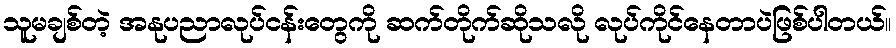
သူမချစ်တဲ့ အနုပညာလုပ်ငန်းတွေကို ဆက်တိုက်ဆိုသလို လုပ်ကိုင်နေတာပဲဖြစ်ပါတယ်။